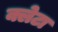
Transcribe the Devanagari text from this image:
क्लेटा